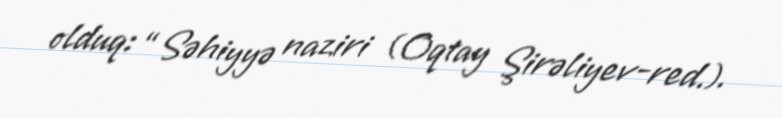
olduq: “Səhiyyə naziri (Oqtay Şirəliyev-red.).